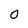
Character: 0